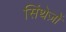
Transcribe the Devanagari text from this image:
सिंथेज़ों